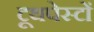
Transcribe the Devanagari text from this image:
टूथपेस्टों